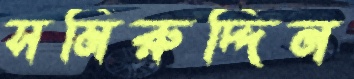
সমিরুদ্দিন